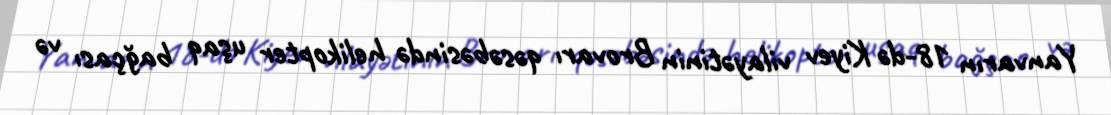
Yanvarın 18-də Kiyev vilayətinin Brovarı qəsəbəsində helikopter uşaq bağçası və